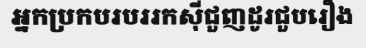
អ្នកប្រកបរបររកស៊ីជួញដូរជួបរឿង